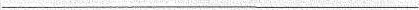
___